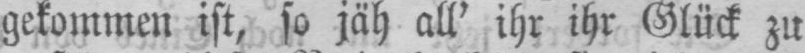
gekommen ist, so jäh all’ ihr ihr Glück zu